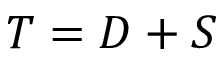
T = D + S